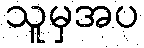
သူမှအပ